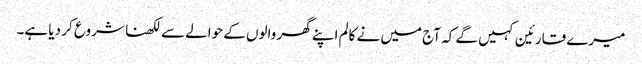
میرے قارئین کہیں گے کہ آج میں نے کالم اپنے گھر والوں کے حوالے سے لکھنا شروع کر دیا ہے۔